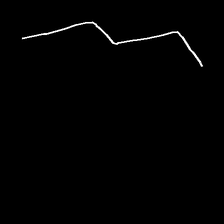
Glyph: crush